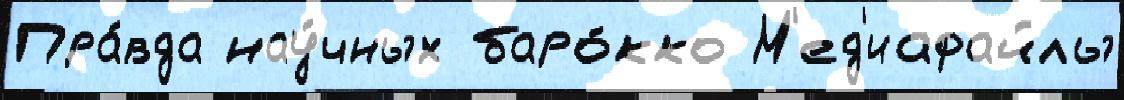
Пра́вда нау́чных баро́кко М'ед'иафайлы